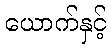
ယောက်နှင့်